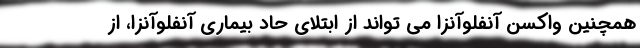
همچنین واکسن آنفلوآنزا می تواند از ابتلای حاد بیماری آنفلوآنزا، از